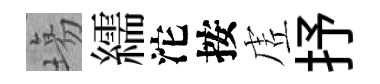
塲繻沱按虗抒